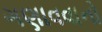
ગણાવવાનો